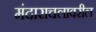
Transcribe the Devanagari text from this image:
मंदाराचलावरील